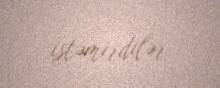
istəmirdilər.